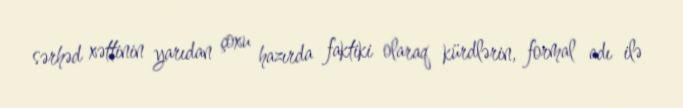
sərhəd xəttinin yarıdan çoxu hazırda faktiki olaraq kürdlərin, formal adı ilə